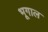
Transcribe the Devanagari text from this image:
भूगाल